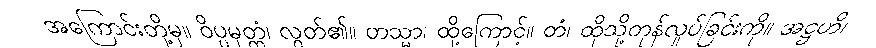
အကြောင်းတို့မှ။ ဝိပ္ပမုတ္တံ၊ လွတ်၏။ တသ္မာ၊ ထို့ကြောင့်။ တံ၊ ထိုသို့တုန်လှုပ်ခြင်းကို။ အဋ္ဌဟိ၊